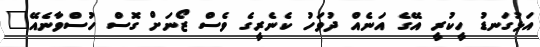
އަޅުގަނޑު ހީކުރީ އޭގެ އަނެއް ދުވަހު ކެނެރީގެ ވެސް ޒޯނަށް ގޮސް ހުސްވާނެއޭ"